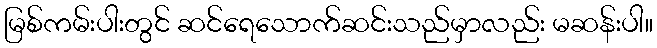
မြစ်ကမ်းပါးတွင် ဆင်ရေသောက်ဆင်းသည်မှာလည်း မဆန်းပါ။